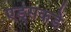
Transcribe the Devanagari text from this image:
एड्‌सकडे